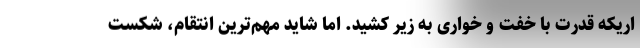
اریکه قدرت با خفت و خواری به زیر کشید. اما شاید مهم‌ترین انتقام، شکست